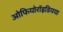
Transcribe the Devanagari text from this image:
ओफियोरॉइडियया